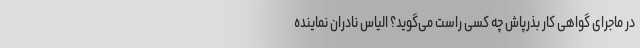
در ماجرای گواهی کار بذرپاش چه کسی راست می‌گوید؟ الیاس نادران نماینده